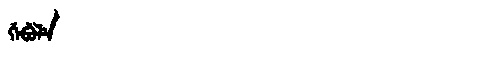
Manchu: ᡤᡝᠪᡠᠯᡝ
Romanization: GEBULE